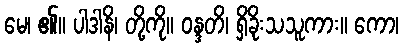
မေ၊ ၏။ ပါဒါနိ၊ တို့ကို။ ဝန္ဒတိ၊ ရှိခိုးသသူကား။ ကော၊